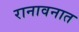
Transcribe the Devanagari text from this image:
रानावनात